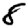
Digit: 8